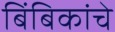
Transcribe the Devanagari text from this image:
बिंबिकांचे